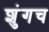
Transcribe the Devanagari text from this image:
शुंगच